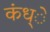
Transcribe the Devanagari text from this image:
कंध्े